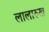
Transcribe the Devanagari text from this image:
लालारुख